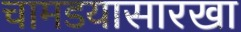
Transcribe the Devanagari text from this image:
चामडयासारखा